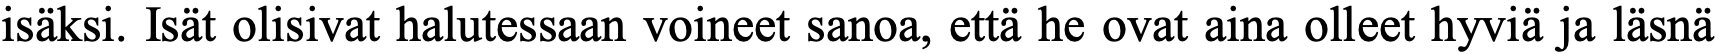
isäksi. Isät olisivat halutessaan voineet sanoa, että he ovat aina olleet hyviä ja läsnä